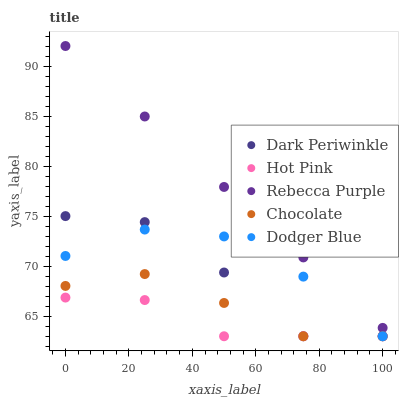
| xaxis_label | Dark Periwinkle | Hot Pink | Rebecca Purple | Chocolate | Dodger Blue |
 | --- | --- | --- | --- | --- | --- |
 | 0 | 75 | 66.9 | 92 | 68 | 71 |
 | 25 | 74.4 | 66.6 | 85 | 69.2 | 73.7 |
 | 50 | 69.4 | 63 | 77.9 | 66.3 | 73 |
 | 75 | 63 | 63 | 70.9 | 63 | 69 |
 | 100 | 63 | 63 | 63.8 | 63 | 63 |